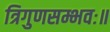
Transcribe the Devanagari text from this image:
त्रिगुणसम्भवः॥